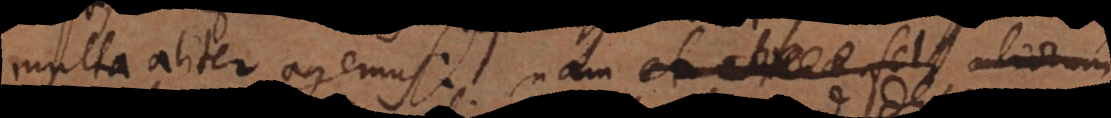
multa aliter agemus: nam et aliena